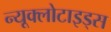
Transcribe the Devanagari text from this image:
न्यूक्लोटाइड्स